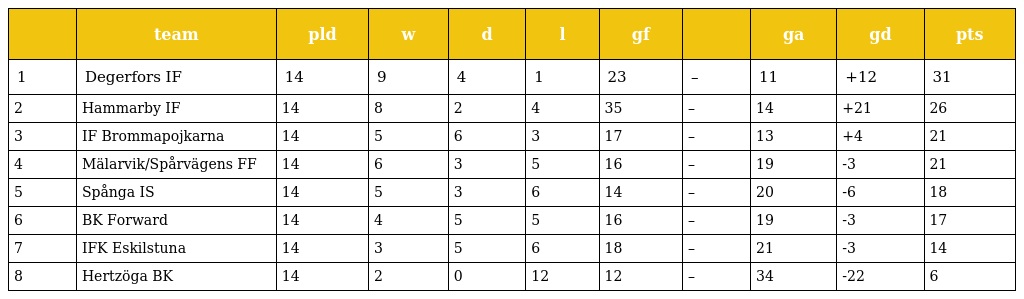
|  | team | pld | w | d | l | gf |  | ga | gd | pts |
 | --- | --- | --- | --- | --- | --- | --- | --- | --- | --- | --- |
 | 1 | Degerfors IF | 14 | 9 | 4 | 1 | 23 | – | 11 | +12 | 31 |
 | 2 | Hammarby IF | 14 | 8 | 2 | 4 | 35 | – | 14 | +21 | 26 |
 | 3 | IF Brommapojkarna | 14 | 5 | 6 | 3 | 17 | – | 13 | +4 | 21 |
 | 4 | Mälarvik/Spårvägens FF | 14 | 6 | 3 | 5 | 16 | – | 19 | -3 | 21 |
 | 5 | Spånga IS | 14 | 5 | 3 | 6 | 14 | – | 20 | -6 | 18 |
 | 6 | BK Forward | 14 | 4 | 5 | 5 | 16 | – | 19 | -3 | 17 |
 | 7 | IFK Eskilstuna | 14 | 3 | 5 | 6 | 18 | – | 21 | -3 | 14 |
 | 8 | Hertzöga BK | 14 | 2 | 0 | 12 | 12 | – | 34 | -22 | 6 |